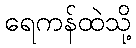
ရေကန်ထဲသို့